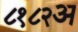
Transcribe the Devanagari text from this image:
८१८२अ